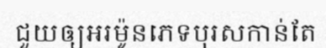
ជួយឲ្យអរម៉ូនភេទបុរសកាន់តែ